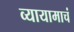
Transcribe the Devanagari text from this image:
व्यायामाचं